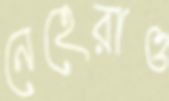
নেহেরাও